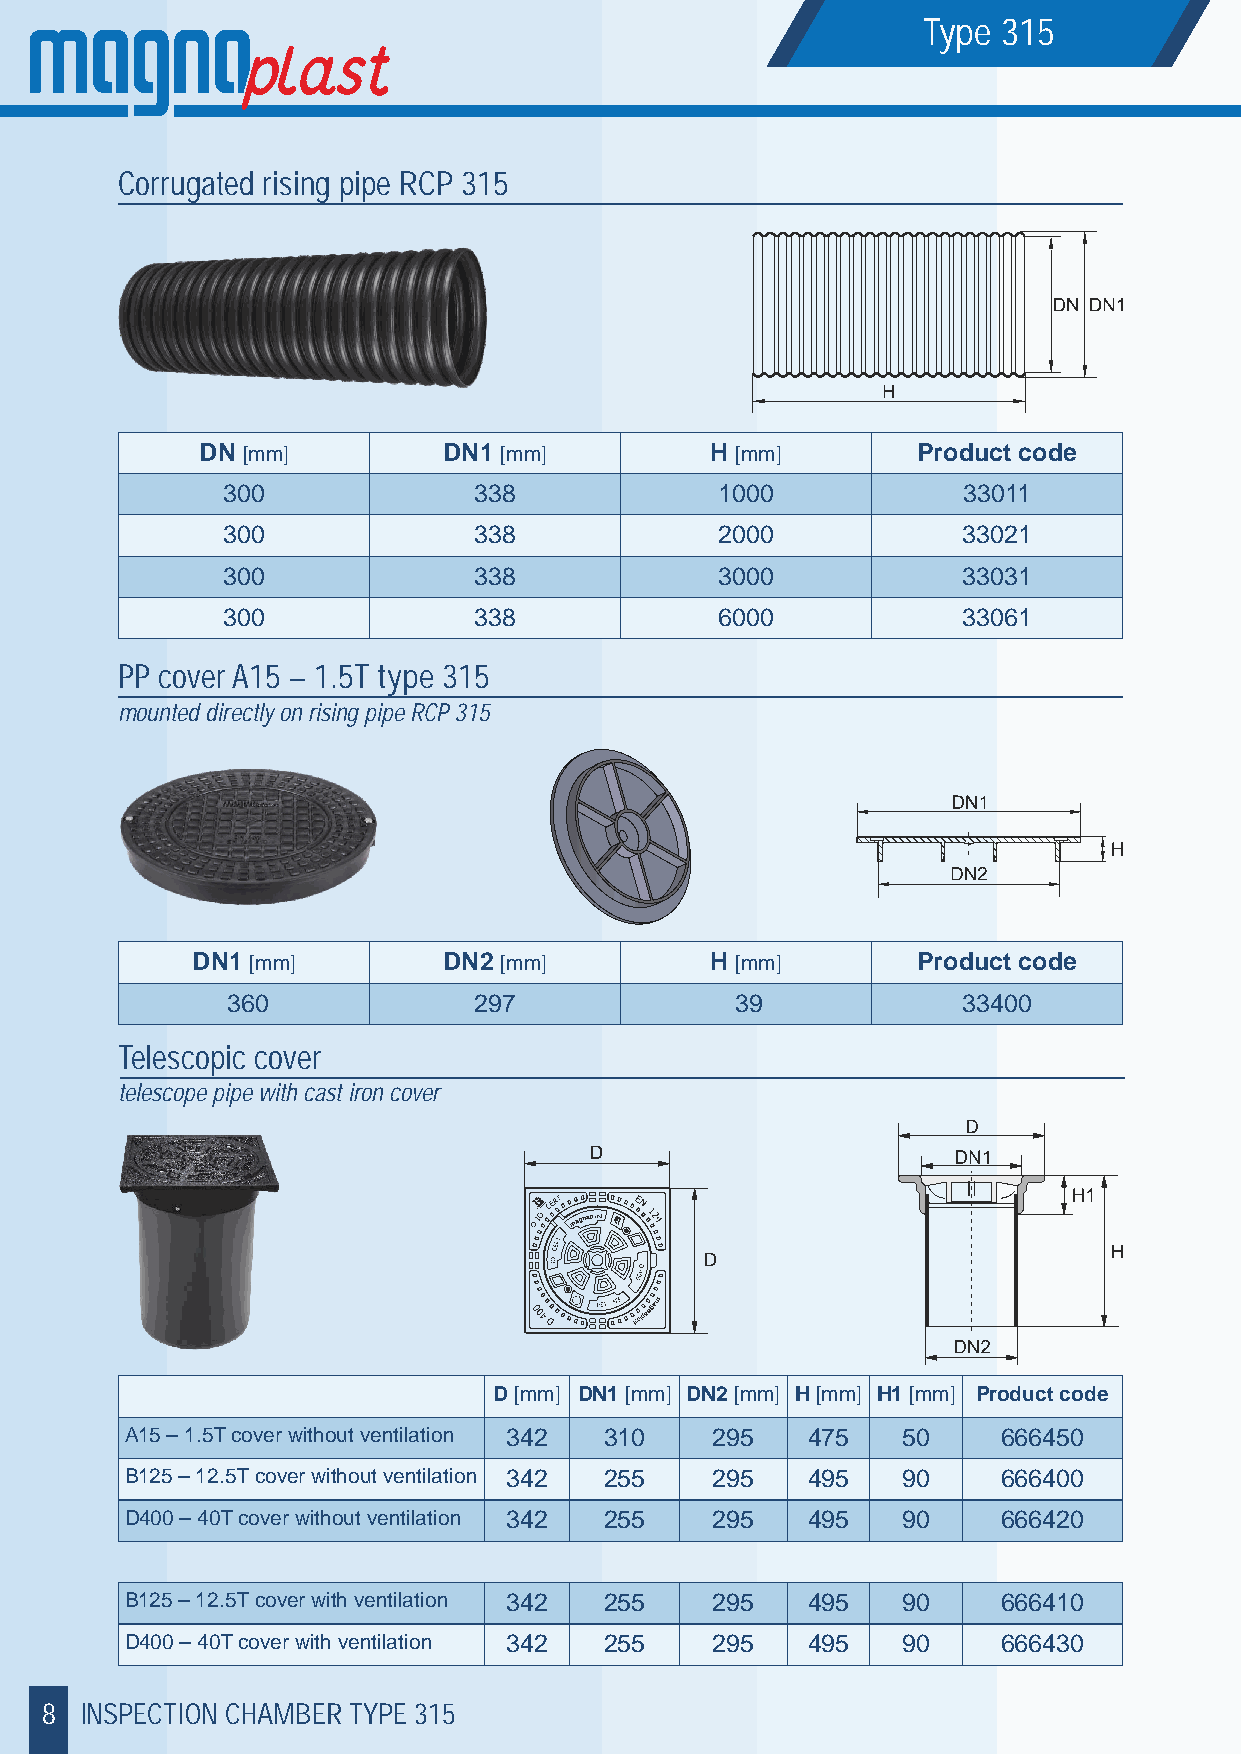
Type 315
 Corrugated rising pipe RCP 315
 DN [mm]         DN1 [mm]          H [mm]        Product code
 300             338              1000            33011
 300             338              2000            33021
 300             338              3000            33031
 300             338              6000            33061
 PP cover A15 – 1.5T type 315
 mounted directly on rising pipe RCP 315
 DN1 [mm]        DN2 [mm]          H [mm]        Product code
 360             297               39             33400
 Telescopic cover
 telescope pipe with cast iron cover
 D [mm] DN1 [mm] DN2 [mm] H [mm] H1 [mm] Product code
 A15 – 1.5T cover without ventilation 342 310 295 475 50   666450
 B125 – 12.5T cover without ventilation 342 255 295 495 90 666400
 D400 – 40T cover without ventilation 342 255 295 495 90   666420
 B125 – 12.5T cover with ventilation 342 255 295 495 90    666410
 D400 – 40T cover with ventilation 342 255 295 495   90    666430
 8 INSPECTION CHAMBER TYPE 315